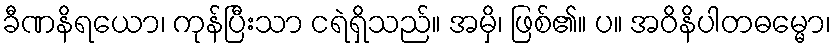
ခီဏနိရယော၊ ကုန်ပြီးသာ ငရဲရှိသည်။ အမှိ၊ ဖြစ်၏။ ပ။ အဝိနိပါတဓမ္မော၊